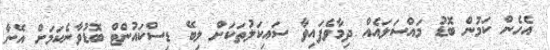
އެހެން ކަމުން ބޮޑު މައްސަލައެއް ދިމާވެފައިވާ ސައިކަލުތަކަށް ލިބޭ ޑިސްކައުންޓް ބޮޑުވާނެކަމަށް އޭނާ